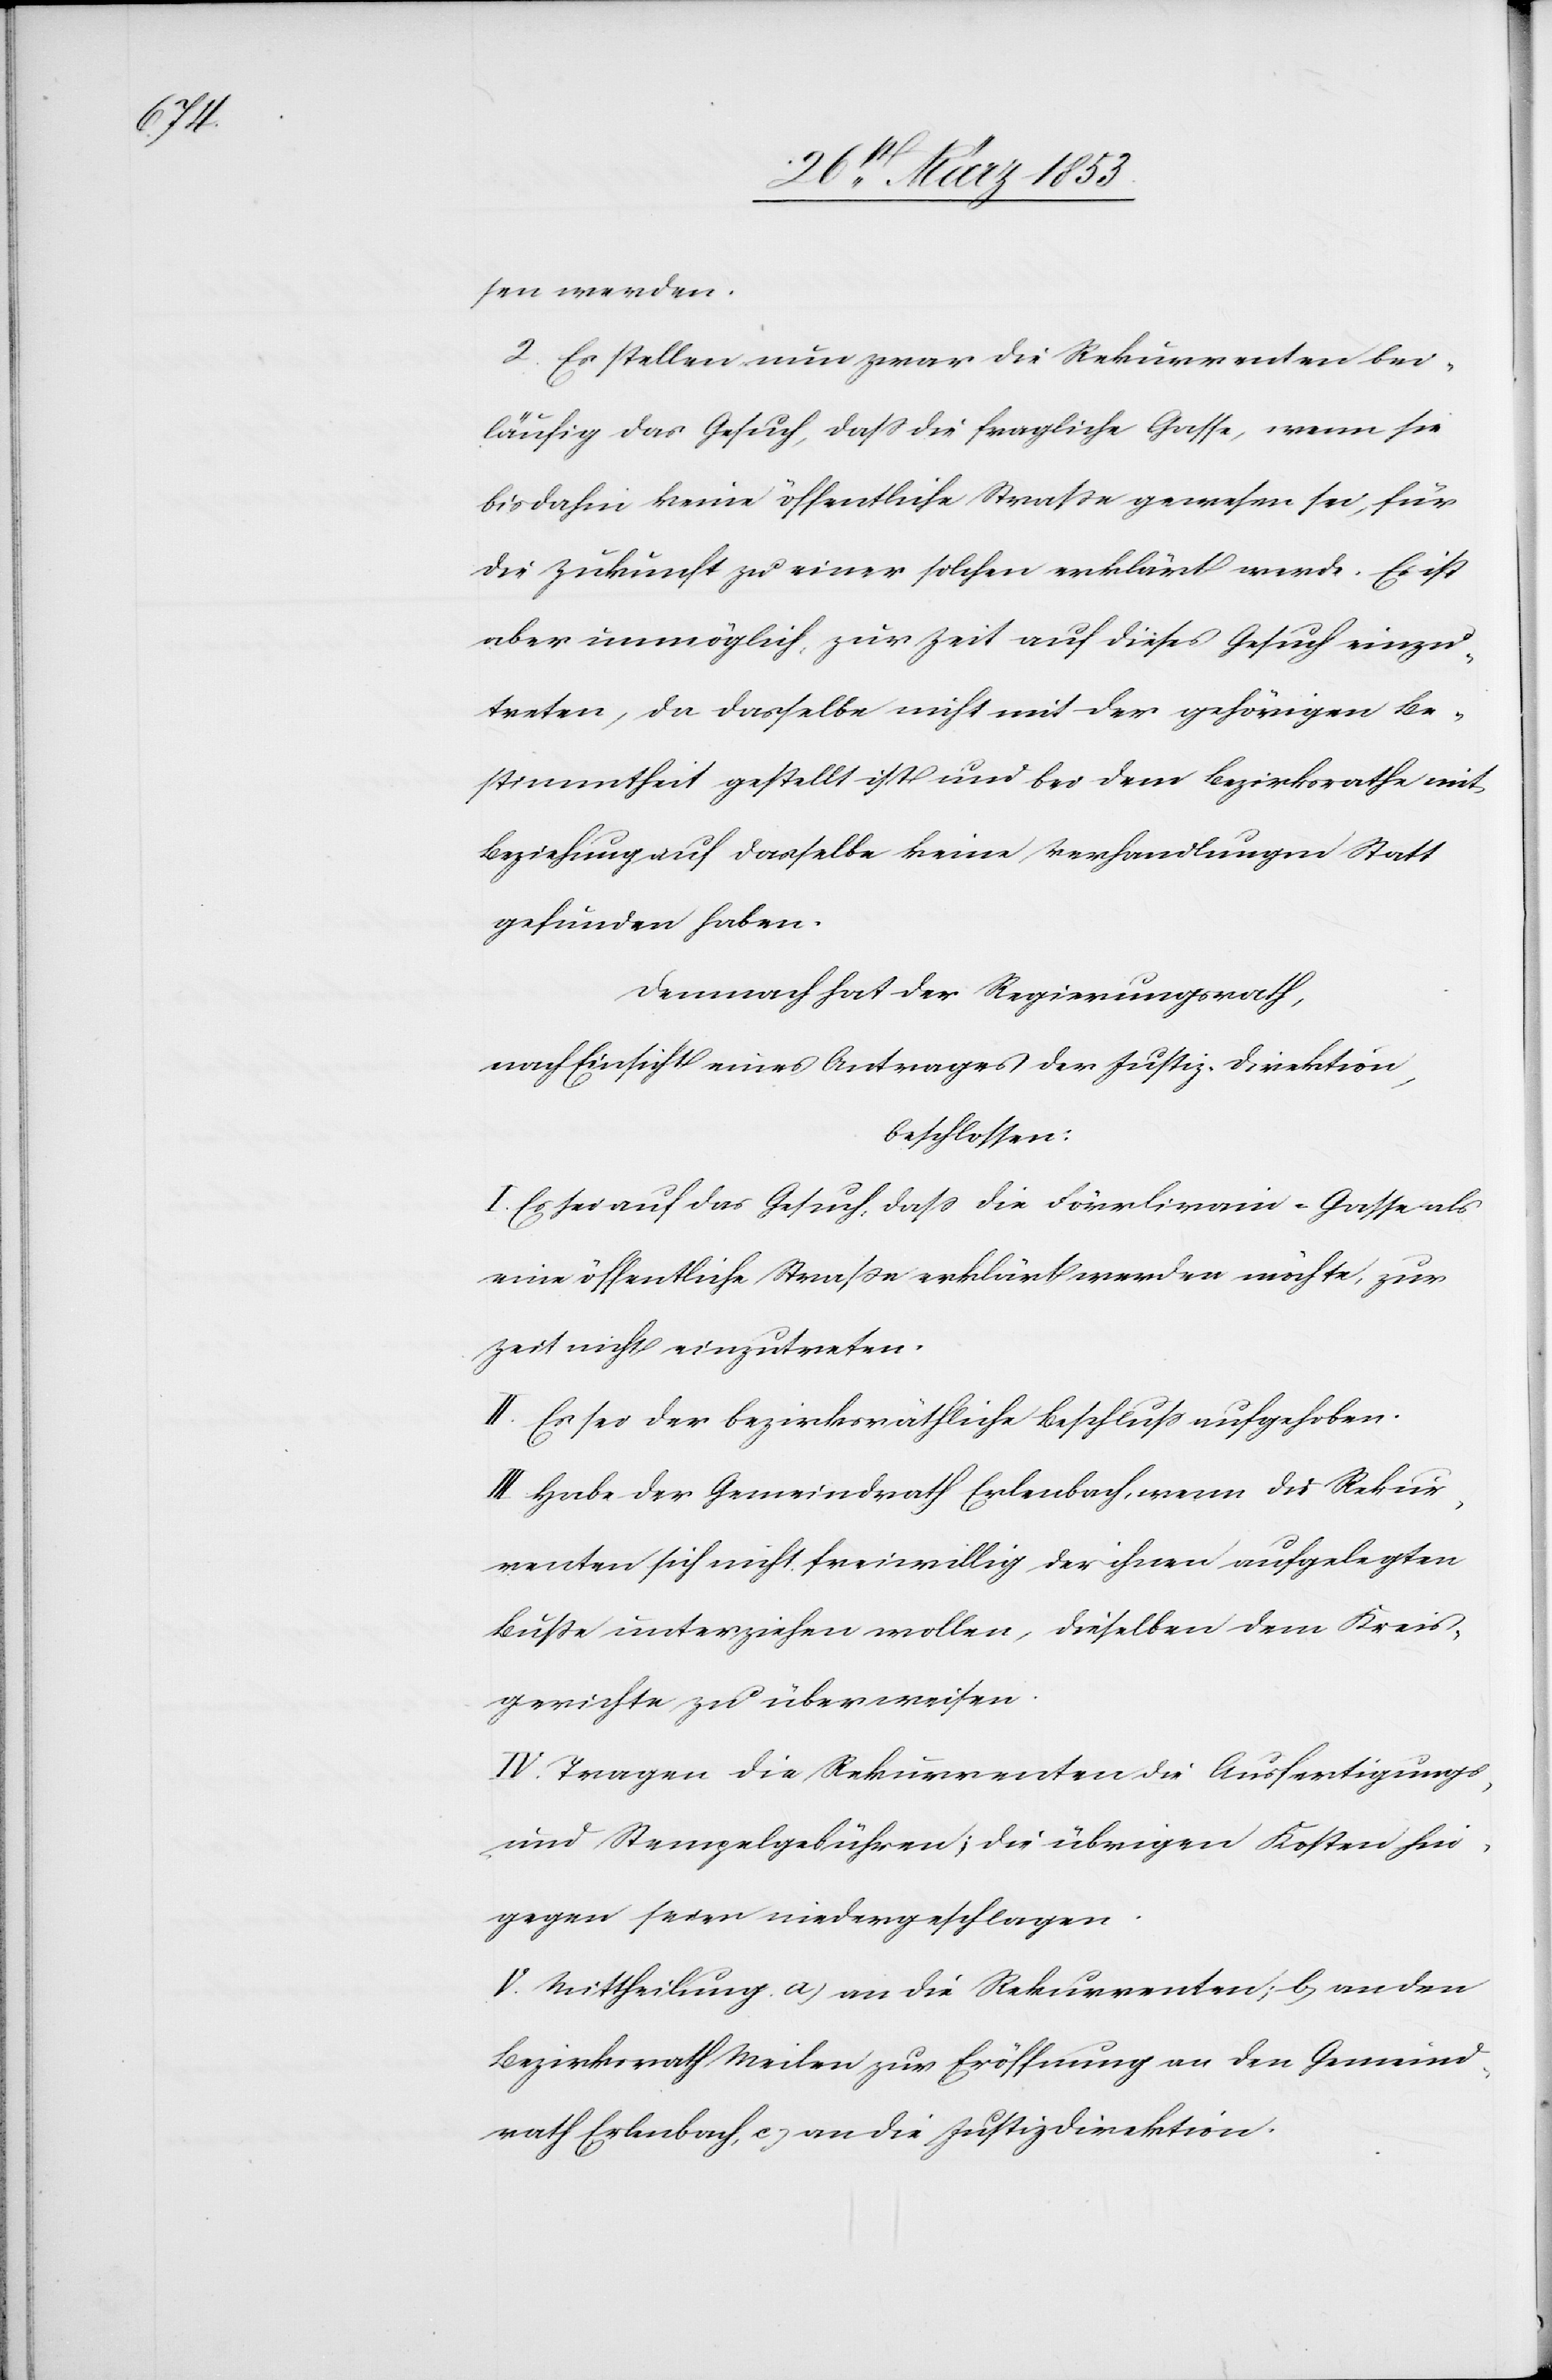
sen werden.
2, Es stellen nun zwar die Rekurrenten bei¬
läufig das Gesuch, daß die fragliche Gasse, wenn sie
bis dahin keine öffentliche Straße gewesen sei, für
die Zukunft zu einer solchen erklärt werde. Es ist
aber unmöglich, zur Zeit auf dieses Gesuch einzu¬
treten, da dasselbe nicht mit der gehörigen Be¬
stimmtheit gestellt ist und bei dem Bezirksrathe mit
Beziehung auf dasselbe keine Verhandlungen Statt
gefunden haben.
Demnach hat der Regierungsrath,
nach Einsicht eines Antrages der Justiz-Direktion,
beschlossen:
I. Es sei auf das Gesuch, daß die Förrlirain-Gasse als
eine öffentliche Straße erklärt werden möchte, zur
Zeit nichts einzutreten.
II. Es sei der bezirksräthliche Beschluß aufgehoben.
III. Habe der Gemeindrath Erlenbach, wenn die Rekur¬
renten sich nicht freiwillig der ihnen aufgelegten
Buße unterziehen wollen, dieselben dem Kreis¬
gerichte zu überweisen.
IV. Tragen die Rekurrenten die Ausfertigungs-
u. Stempelgebühren; die übrigen Kosten hin¬
gegen seien niedergeschlagen.
V. Mittheilung a, an die Rekurrenten; b, an den
Bezirksrath Meilen zur Eröffnung an den Gemeind¬
rath Erlenbach, c, an die Justizdirektion.